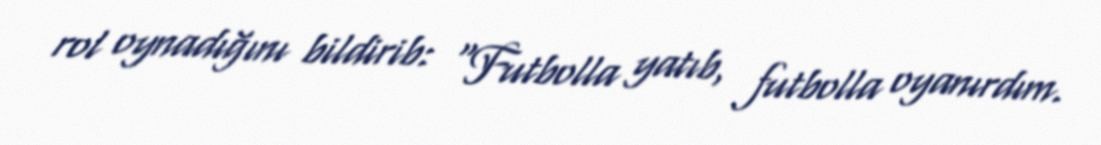
rol oynadığını bildirib: “Futbolla yatıb, futbolla oyanırdım.